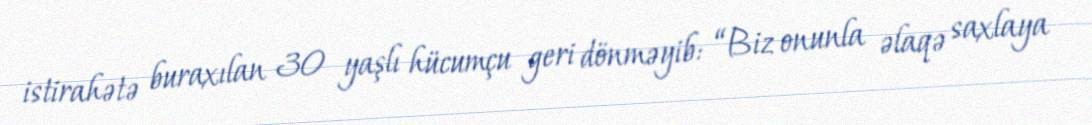
istirahətə buraxılan 30 yaşlı hücumçu geri dönməyib: “Biz onunla əlaqə saxlaya